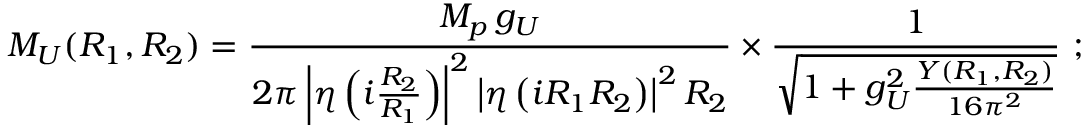
M _ { U } ( R _ { 1 } , R _ { 2 } ) = \frac { M _ { p } \, g _ { U } } { { 2 \pi } \left| \eta \left( i \frac { R _ { 2 } } { R _ { 1 } } \right) \right| ^ { 2 } \left| \eta \left( i R _ { 1 } R _ { 2 } \right) \right| ^ { 2 } R _ { 2 } } \times \frac { 1 } { \sqrt { 1 + g _ { U } ^ { 2 } \frac { Y ( R _ { 1 } , R _ { 2 } ) } { 1 6 \pi ^ { 2 } } } } \ ;